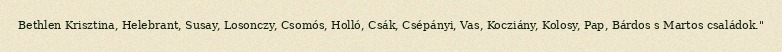
Bethlen Krisztina, Helebrant, Susay, Losonczy, Csomós, Holló, Csák, Csépányi, Vas, Kocziány, Kolosy, Pap, Bárdos s Martos családok."